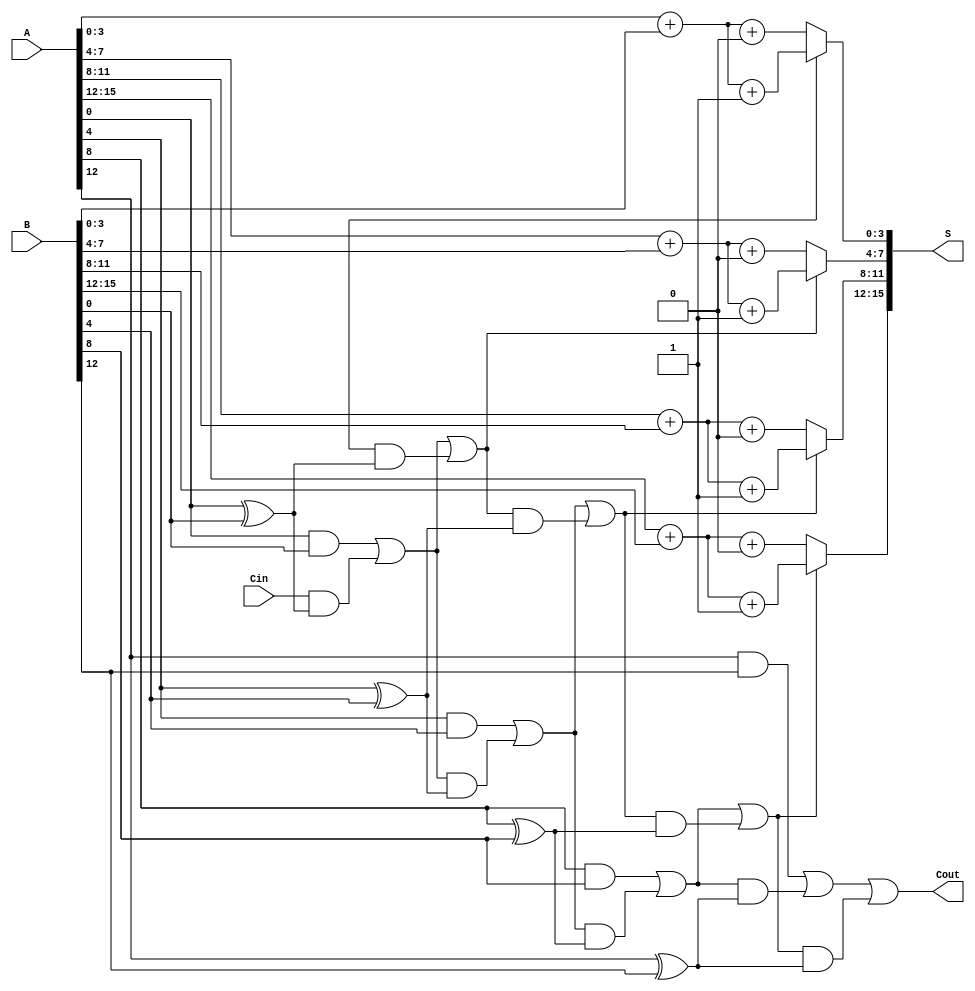
module CCSA #(parameter n = 16, parameter k = 4) (
    input [n-1:0] A,
    input [n-1:0] B,
    input Cin,
    output [n-1:0] S,
    output Cout
);
    localparam m = n / k; // Number of segments
    wire [k-1:0] S0[m-1:0], S1[m-1:0]; // Sums for carry-in 0 and 1
    wire [m-1:0] C[m-1:0]; // Carry outputs for each segment
    wire [m:0] C_temp; // Temporary carry signals for multiplexing

    // Generate sums and carries for each segment
    genvar i;
    generate
        for (i = 0; i < m; i = i + 1) begin : segment
            wire [k-1:0] A_seg = A[i*k +: k];
            wire [k-1:0] B_seg = B[i*k +: k];
            wire Cin_seg = (i == 0) ? Cin : C[i-1][0]; // Carry-in for the first segment

            // Calculate S0 and S1
            assign S0[i] = A_seg + B_seg + 0;
            assign S1[i] = A_seg + B_seg + 1;

            // Generate carry-out for the segment
            assign C[i] = {1'b0, (A_seg & B_seg) | (Cin_seg & (A_seg ^ B_seg))}; // Carry generation logic
        end
    endgenerate

    // MUX to select between S0 and S1 based on carry-in
    generate
        for (i = 0; i < m; i = i + 1) begin : mux
            assign S[i*k +: k] = (C_temp[i] == 1'b0) ? S0[i] : S1[i];
            assign C_temp[i+1] = C[i][0] | (C_temp[i] & (A[i*k +: k] ^ B[i*k +: k]));
        end
    endgenerate

    // Final carry-out
    assign Cout = C_temp[m];

endmodule